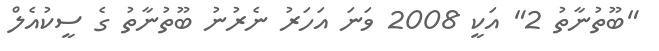
"ބޫތުނާތު 2" އަކީ 2008 ވަނަ އަހަރު ނެރުނު ބޫތުނާތު ގެ ސީކުއެލް